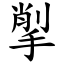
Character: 揱